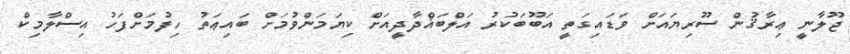
ޖޫލާނީ ޢިރާޤުން ސޫރިޔައަށް ވަޑައިގަތީ އަބޫބަކުރު އަލްބަޣްދާދީއަށް ކިޔަމަންވުމަށް ބައިޢަތު ހިފުމަށްފަހު އިސްލާމިކް